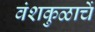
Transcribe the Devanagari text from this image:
वंशकुळाचें